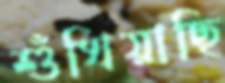
শুঁখিয়াছি